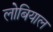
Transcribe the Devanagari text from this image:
लोबियाल